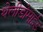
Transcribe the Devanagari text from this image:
थेलीडोमाईड